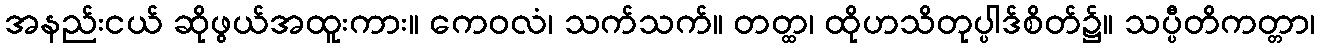
အနည်းငယ် ဆိုဖွယ်အထူးကား။ ကေဝလံ၊ သက်သက်။ တတ္ထ၊ ထိုဟသိတုပ္ပါဒ်စိတ်၌။ သပ္ပီတိကတ္တာ၊